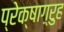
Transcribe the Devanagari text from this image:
प्रेक्षाग़्रुह